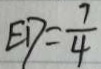
E D = \frac { 7 } { 4 }